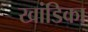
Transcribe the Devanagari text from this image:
खांडिका